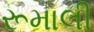
રૂમાલી